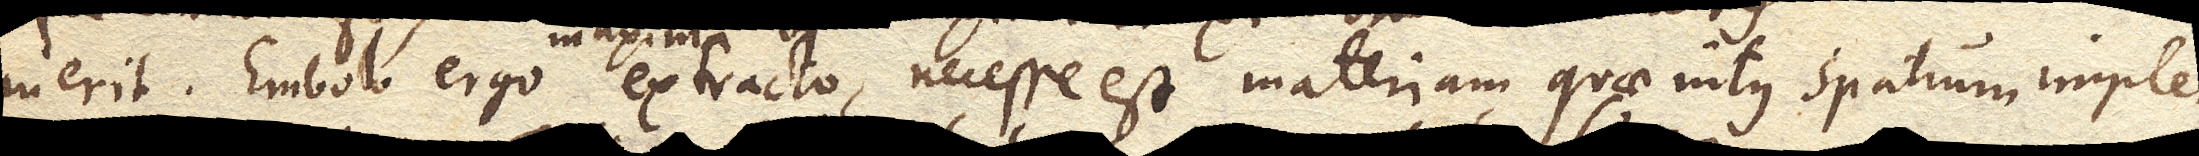
inerit. Embolo ergo maxima vi extracto, necesse est materiam, quae intus